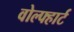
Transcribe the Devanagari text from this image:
वोल्फ्हार्ट